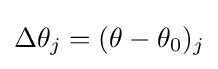
\Delta \theta _{j}=(\theta -\theta _{0})_{j}